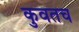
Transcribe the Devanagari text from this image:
कुवतच